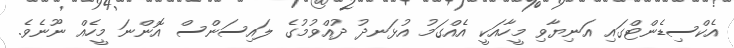
އެކްސިޑެންޓްގައި އަނިޔާވި މީހާއަކީ އެއްގަމު އުޅަނދު ދުއްވުމުގެ ލައިސަންސް އޮންނަ މީހެއް ނޫނެވެ.